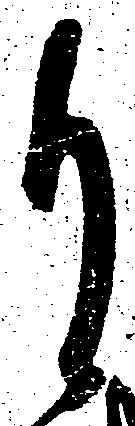
自